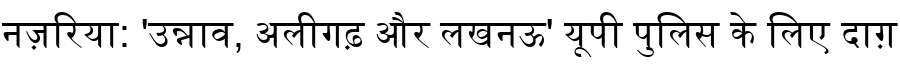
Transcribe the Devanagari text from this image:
नज़रिया: 'उन्नाव, अलीगढ़ और लखनऊ' यूपी पुलिस के लिए दाग़